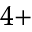
^ { 4 + }